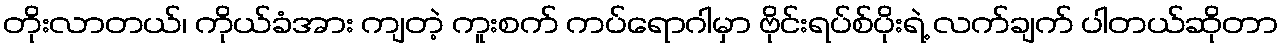
တိုးလာတယ်၊ ကိုယ်ခံအား ကျတဲ့ ကူးစက် ကပ်ရောဂါမှာ ဗိုင်းရပ်စ်ပိုးရဲ့ လက်ချက် ပါတယ်ဆိုတာ